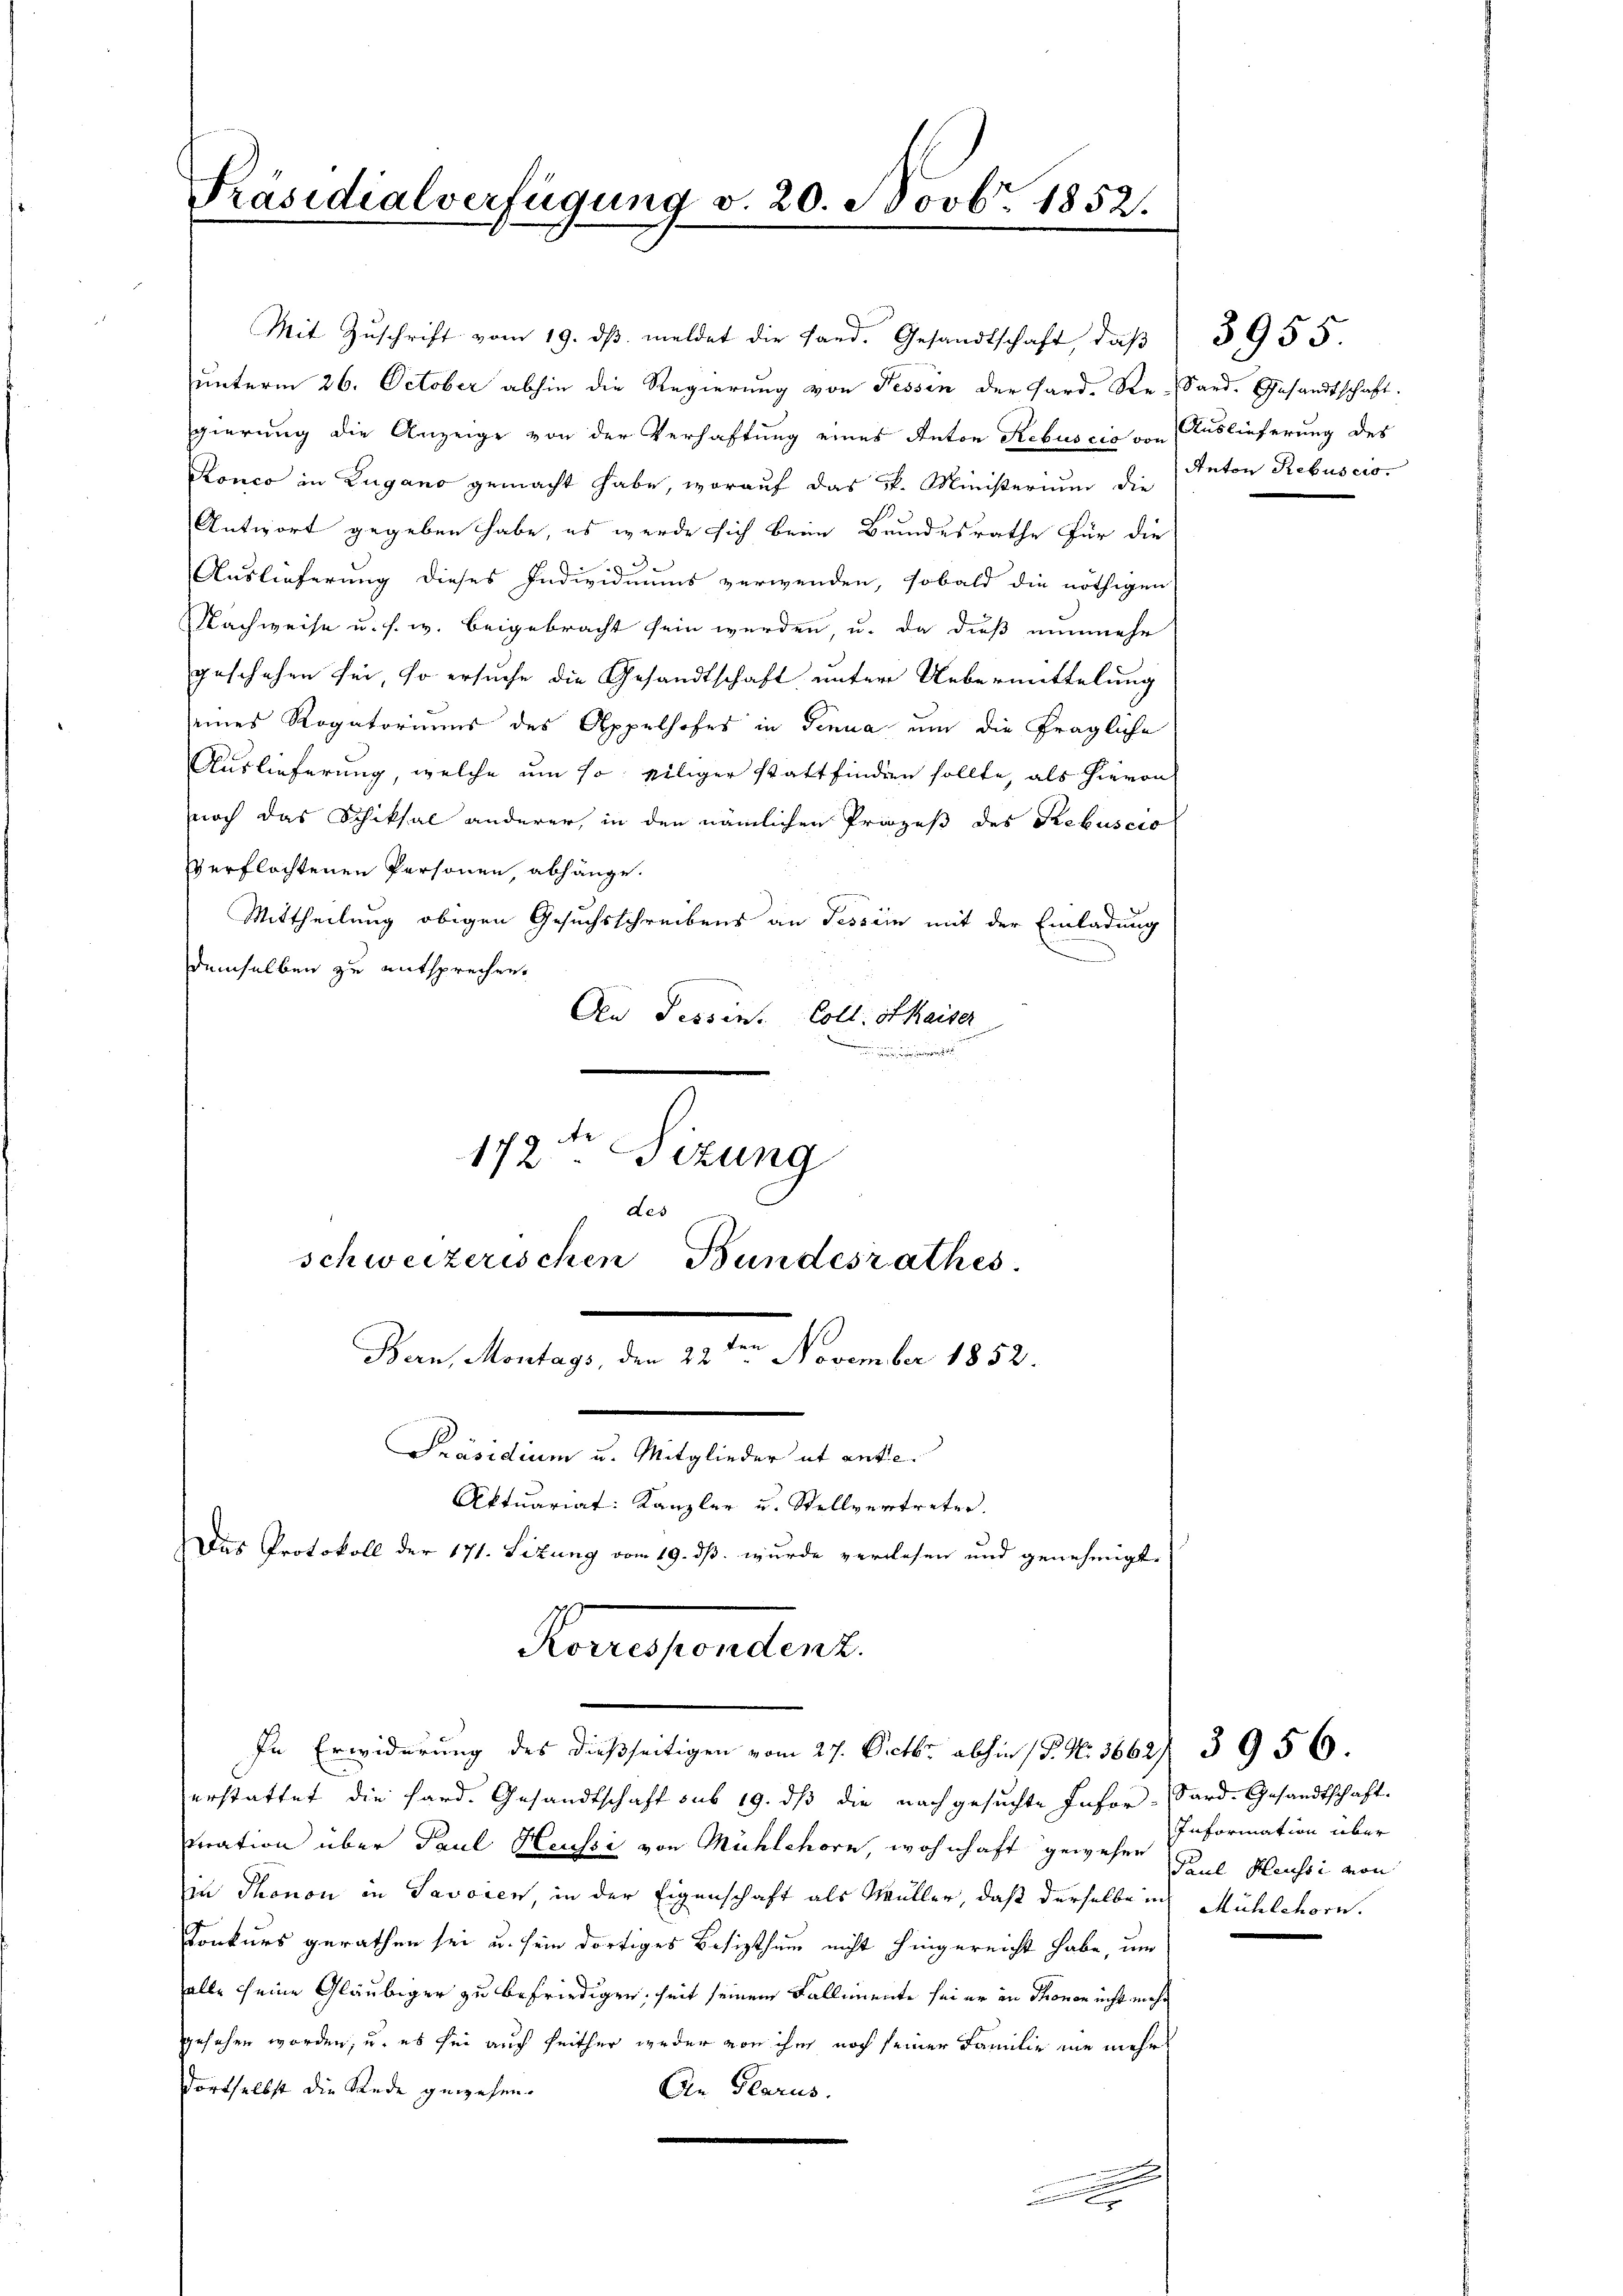
Präsidialverfügung v. 20. Novbr. 1852.

unterm 26. October abhin die Regierung von Tessin der Fard-Re-Sard. Gesandtschaft.
gierung die Anzeige von der Verhaftung eines Anton Rebuscio von Auslieferung des
Ronco in Zugano gemacht habe, worauf das kk. Ministerium die Anton Rebuscis
Antwort gegeben habe, es werde sich beim Bundesrathe für die
Auslieferung dieses Individuums verwenden, sobald die nöthigen
Nachweise u. s. w. beigebracht sein werden, u. da dieß nunmehr
geschehen sei, so ersuche die Gesandtschaft unter Uebermittelung
seines Rogatoriums des Appelhofes in Genua um die fragliche
Auslieferung, welche um so eiliger stattfinden sollte, als hievon
noch das Schiksal anderer, in den nämlichen Prozeß des Rebuscio
verflochtenen Personen, abhänge.
Mittheilung obigen Gesuchsschreibens an Fessein mit der Einladung
demselben zu entsprechen.
Aen Tessin. Coll. St Kaiser
e

Mit Zŭschrift vom 19. dβ meldet die fand. Gesandtschaft, daβ

172te Sitzung
des
schweizerischen Bundesrathes.
Bern, Montags, den 22te͇n November 1852.
Präsidium u. Mitglieder ut antie.
Aktuariat: Kanzler u. Stellvertreter.
Das Protokoll der 171. Situng vom 19. dß wurde verlesen und genehmigt.

Konesenden
In Erwiderung des dießseitigen vom 27. Octbr. abhin (P. N. 3662/ 3956.

erstattet die Hard. Gesandtschaft sub 19. dβ die nachgesuchte Infor-Sard-Gesandtschaft.
tration über Paul Heussi von Mühlehorn, wohnhaft gewesen Paul Heussi von
in Thonon in Savoren, in der Eigenschaft als Müller, daß derselbe in
Konkurs gerathen sei u. sein dortiges Besizthum nicht hingereicht habe, um
alle seine Gläubiger zu befriedigen, seit seinem Fallimente sei er in Thonen nicht mehr
gesehen worden, u. es sei auch seither weder von ihm noch seiner Familie ein mehr
dortselbst die Rede gewesen.
An Glarus.

.
x

3955.

Information über
Mühlehorn.